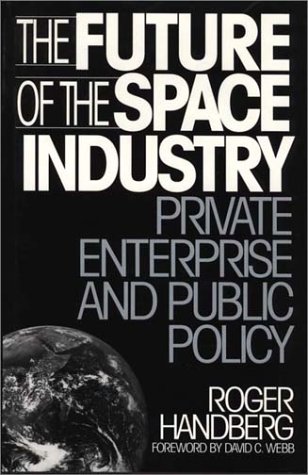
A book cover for The Future of the Space Industry: Private Enterprise and Public Policy; Roger Handberg; Business & Money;